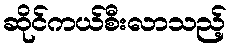
ဆိုင်ကယ်စီးလာသည့်